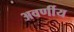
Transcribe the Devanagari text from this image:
अवर्णीय